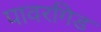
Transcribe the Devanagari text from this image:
पावरगिड